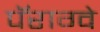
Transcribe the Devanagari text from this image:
पॅराग्वे